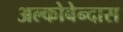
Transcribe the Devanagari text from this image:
अल्कोबेन्दास